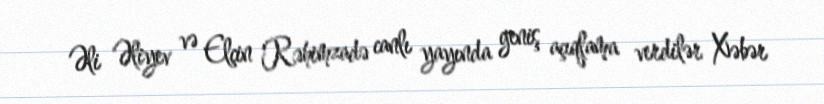
Əli Əliyev və Elçin Rəhimzadə canlı yayında geniş açıqlama verdilər Xəbər